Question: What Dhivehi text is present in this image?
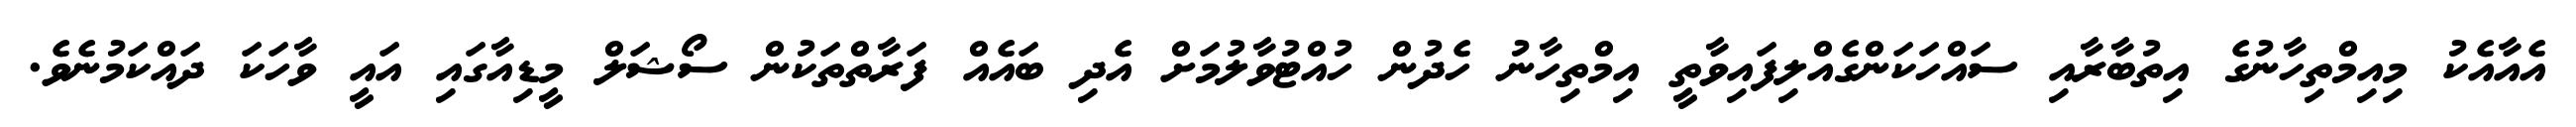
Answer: އެއާއެކު މިއިމްތިހާނުގެ އިތުބާރާއި ސައްހަކަންގެއްލިފައިވާތީ އިމްތިހާނު ހެދުން ހުއްޓުވާލުމަށް އެދި ބައެއް ފަރާތްތަކުން ސޯޝަލް މީޑިއާގައި އައީ ވާހަކަ ދައްކަމުނެވެ.